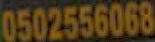
0502556068